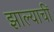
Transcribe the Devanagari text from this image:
झाल्याचीं